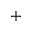
+